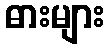
ဓားများ